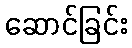
ဆောင်ခြင်း